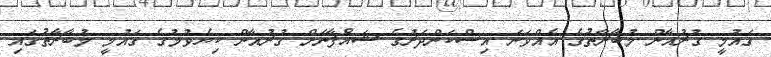
ގައުމީ ގުރުއާން މުބާރާތުގެ އެއްވަނަ އިސްކަންދަރުގެ ޝައްފާނަށް ގުރުއާން ކިޔެވުމުގެ ގައުމީ މުބާރާތުގައި